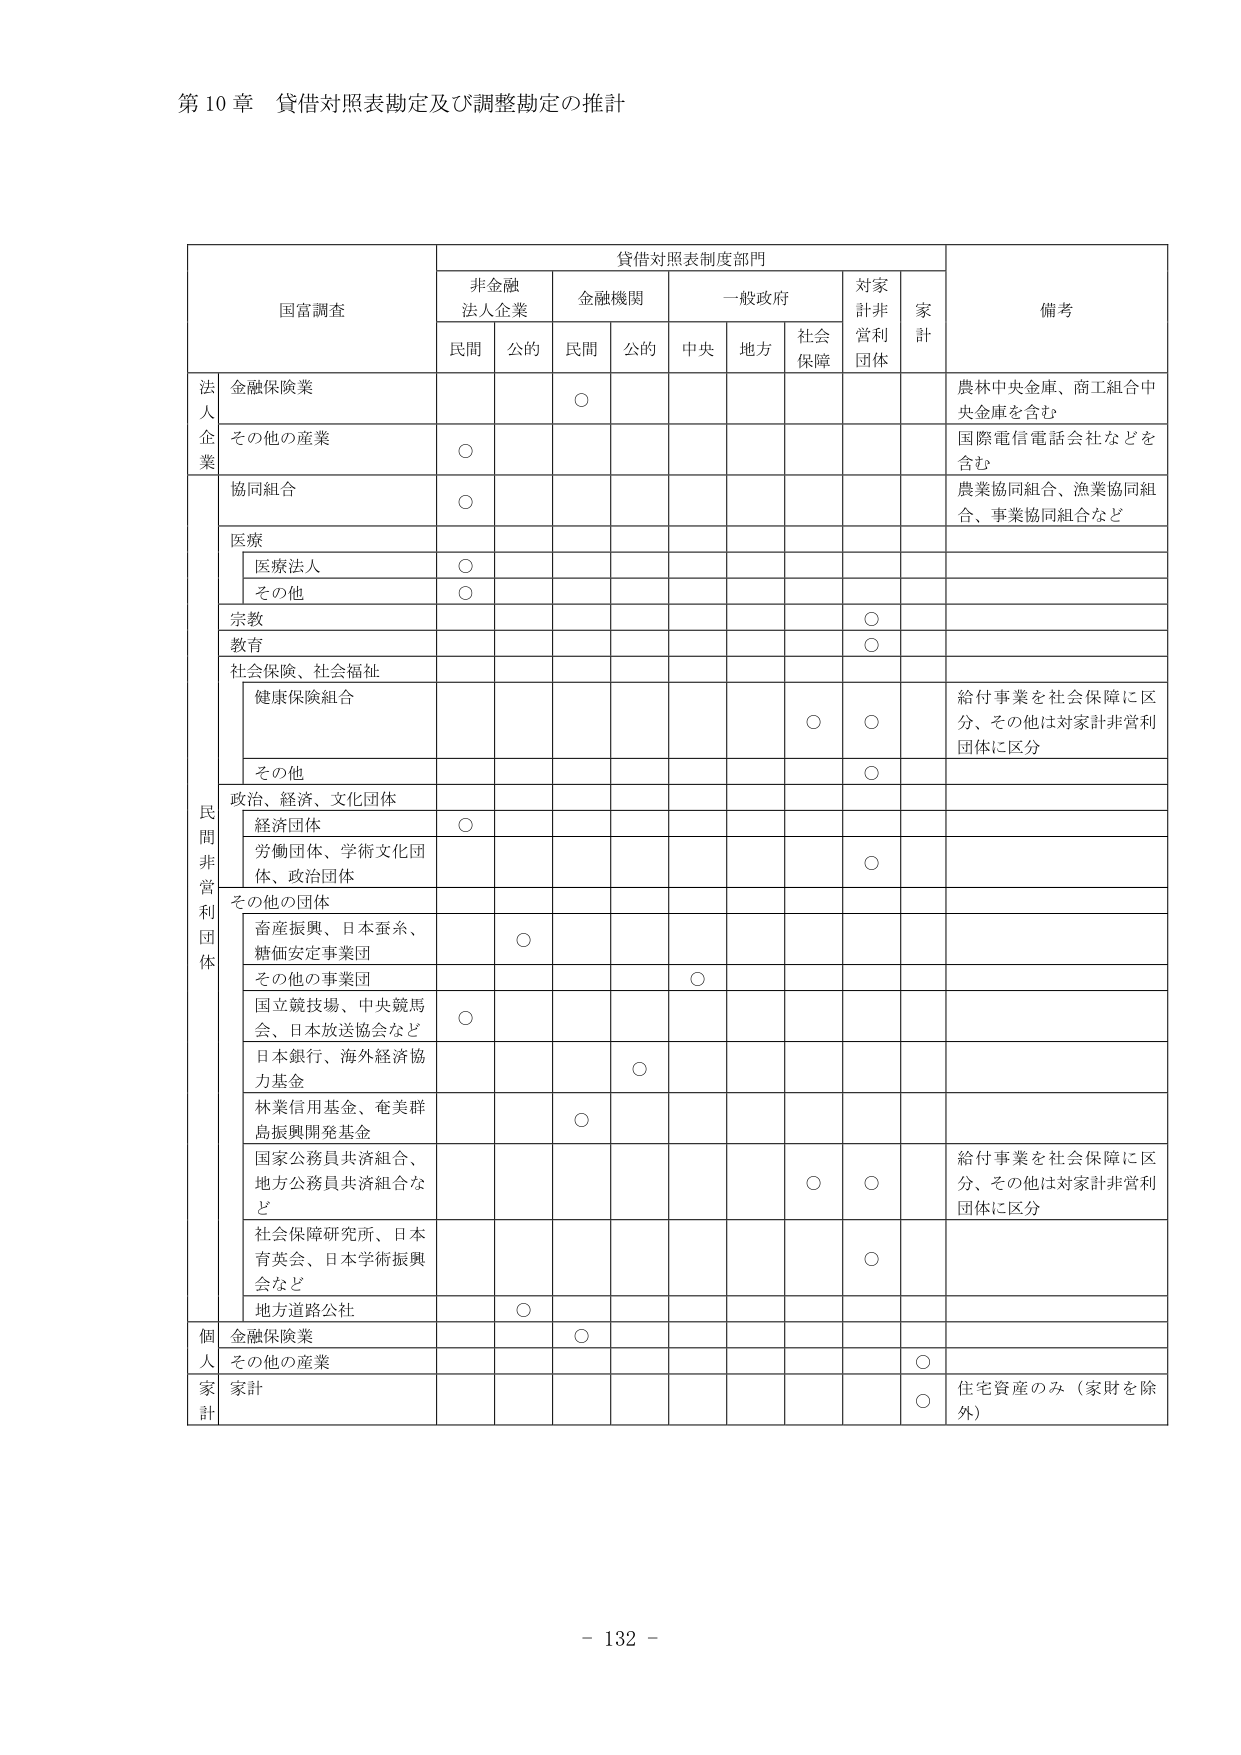
第10章 貸借対照表勘定及び調整勘定の推計

国富調査
貸借対照表制度部門
備考

非金融
法人企業
金融機関
一般政府
対家
計非
営利
団体
家
計

民間
公的
民間
公的
中央
地方
社会
保障

法人
企業
金融保険業
○
農林中央金庫、商工組合中央金庫を含む

その他の産業
○
国際電信電話会社などを含む

民間非営利団体
協同組合
○
農業協同組合、漁業協同組合、事業協同組合など

医療
医療法人
○

その他
○

宗教
○

教育
○

社会保険、社会福祉
健康保険組合
○
○
給付事業を社会保障に区分、その他は対家計非営利団体に区分

その他
○

政治、経済、文化団体
経済団体
○

労働団体、学術文化団体、政治団体
○

その他の団体
畜産振興、日本蚕糸、糖価安定事業団
○

その他の事業団
○

国立競技場、中央競馬会、日本放送協会など
○

日本銀行、海外経済協力基金
○

林業信用基金、奄美群島振興開発基金
○

国家公務員共済組合、地方公務員共済組合など
○
○
給付事業を社会保障に区分、その他は対家計非営利団体に区分

社会保障研究所、日本育英会、日本学術振興会など
○

地方道路公社
○

個人家計
金融保険業
○

その他の産業
○

家計
○
住宅資産のみ（家財を除外）

- 132 -